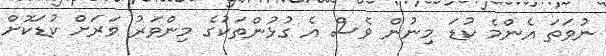
ނުވަތަ އެންމެ ކުޑަ މިނުން ވެސް އެ ގުޅުންތަކުގެ މިންވަރު ވަރަށް ކުޑަކޮށް